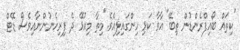
"ކިތައް ބޯއިފްރެންޑުން ތިބޭ" އާވާ ކަޅި ހިންގައިލިއެވެ."މިތާ މިއުޅޭ ދެ ފިރިހެނުންނާއިވެސް ޑޭޓް